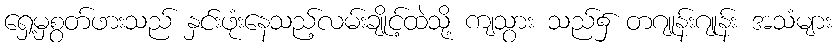
ရှေ့မှစွတ်ဖားသည် နှင်းဖုံးနေသည့်လမ်းချိုင့်ထဲသို့ ကျသွား သည်၌ တဂျုန်းဂျုန်း အသံများ